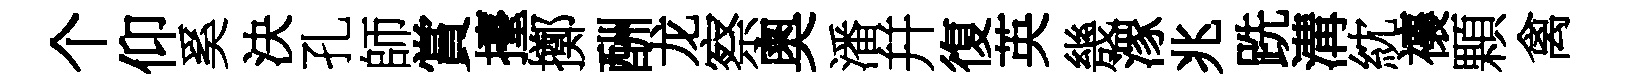
个仰奚決孔師賞擡擲酬龙察奧潘幷復英㡬潈兆跣溝紞禳顆禽